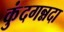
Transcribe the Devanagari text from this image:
कुंदगन्नदा